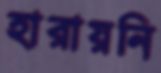
হারায়নি